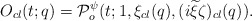
\begin{align*}O_{cl}(t;q)= {\cal P}^{\psi}_o(t;1,\xi_{cl}(q),(i{\widetilde \xi}\zeta)_{cl}(q)).\end{align*}